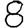
Digit: 8